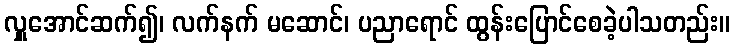
လှူအောင်ဆက်၍၊ လက်နက် မဆောင်၊ ပညာရောင် ထွန်းပြောင်စေခဲ့ပါသတည်း။